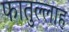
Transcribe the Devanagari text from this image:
फातुल्लाह